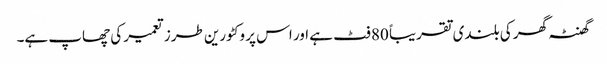
گھنٹہ گھر کی بلندی تقریباً 80 فٹ ہے اور اس پر وکٹورین طرز تعمیر کی چھاپ ہے۔